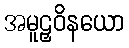
အမူဠှဝိနယော